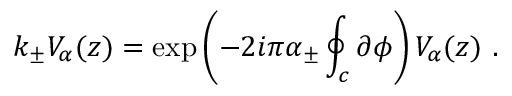
k _ { \pm } V _ { \alpha } ( z ) = \exp \left( - 2 i \pi \alpha _ { \pm } \oint _ { c } \partial \phi \right) V _ { \alpha } ( z ) ~ .